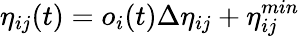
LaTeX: \eta_{ij}(t)=o_{i}(t)\Delta\eta_{ij}+\eta_{ij}^{min}